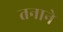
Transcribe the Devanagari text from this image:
तनाने